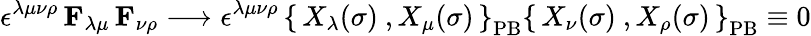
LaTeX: \epsilon^{\lambda\mu\nu\rho}\, \mathbf{F}_{\lambda\mu}\, \mathbf{F}_{\nu\rho}\longrightarrow\epsilon^{\lambda\mu\nu\rho}\, \left\{ \, X_{\lambda}(\sigma)\ ,X_{\mu}(\sigma)\, \right\} _{\mathrm{PB}}\left\{ \, X_{\nu}(\sigma)\ ,X_{\rho}(\sigma)\, \right\} _{\mathrm{PB}}\equiv 0